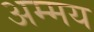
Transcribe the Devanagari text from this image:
अम्मय